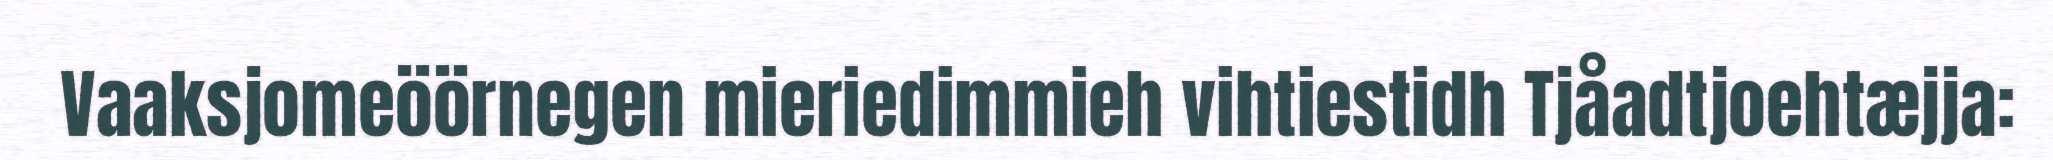
Vaaksjomeöörnegen mieriedimmieh vihtiestidh Tjåadtjoehtæjja: